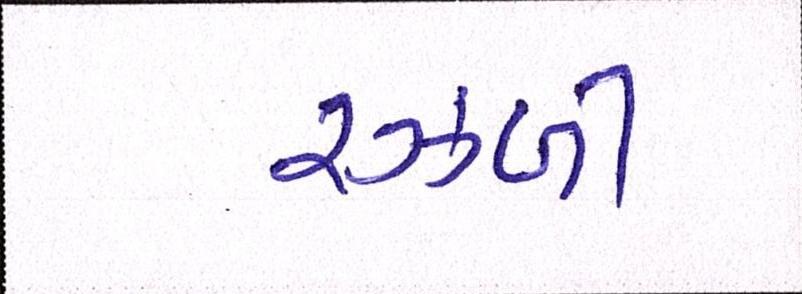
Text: રઝ્ળી